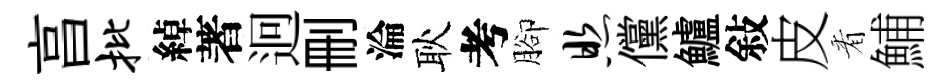
亯批綽著迥删淪耿考腳照儻鱸敍皮㸔鯆